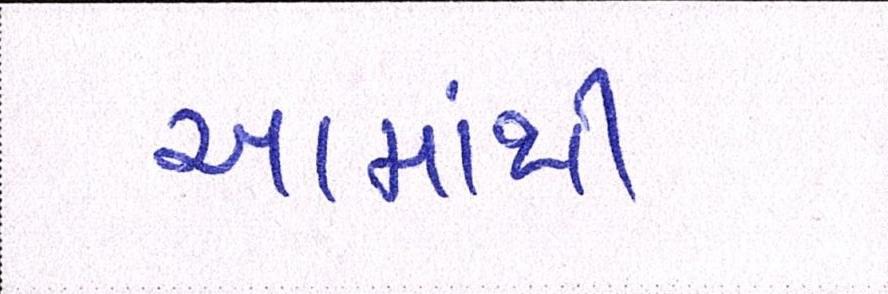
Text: આમાંથી